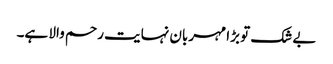
بے شک تو بڑا مہربان نہایت رحم والا ہے۔